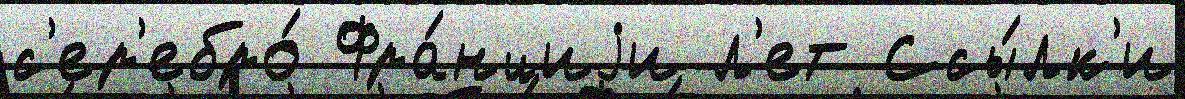
с'ер'ебро́ Фра́нциjи л'ет Ссы́лк'и